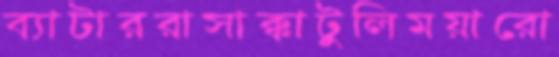
ব্যাটাররাসাক্কাটুলিময়ারো